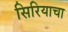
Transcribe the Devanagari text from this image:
सिरियाचा